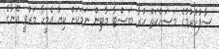
ސާފުކުރުމުގެ މަސައްކަތް ކުރާ ބަސްޓާ މާޓިން ނަމަކަށް ކިޔާ އެމީހާ މަރުވީ އޭނާގެ